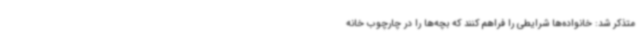
متذکر شد: خانواده‌ها شرایطی را فراهم کنند که بچه‌ها را در چارچوب خانه